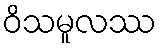
ဝိသမူလဿ